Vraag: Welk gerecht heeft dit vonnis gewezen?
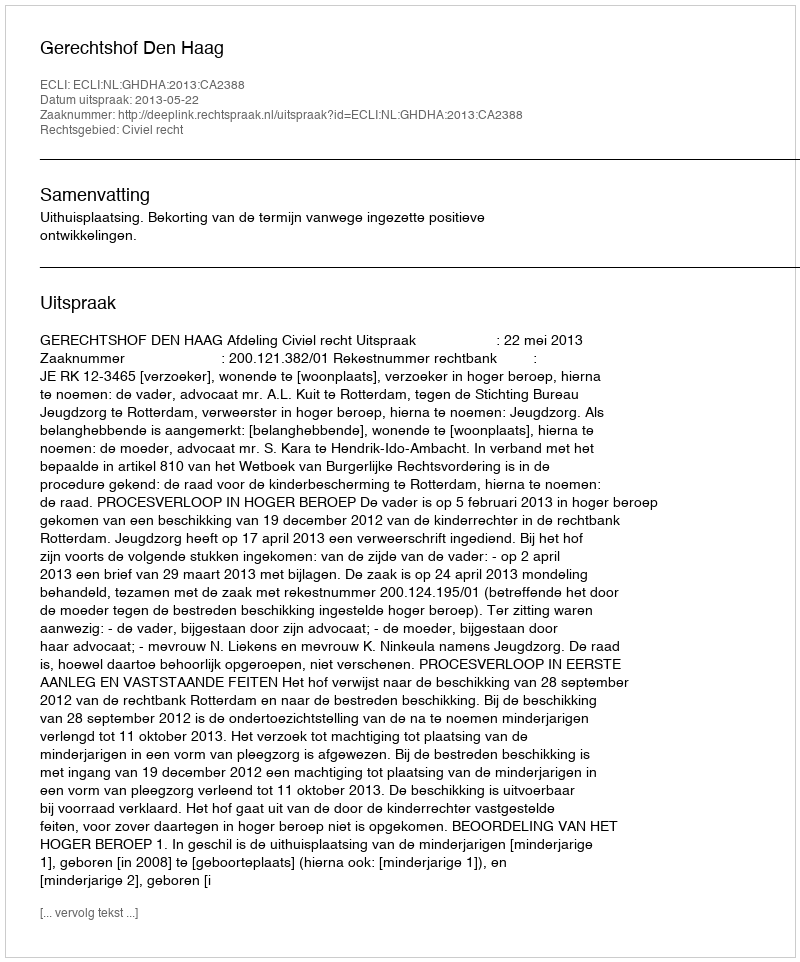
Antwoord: Gerechtshof Den Haag